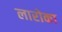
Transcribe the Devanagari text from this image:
लारोका